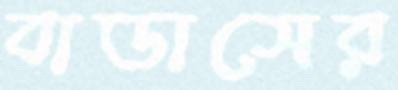
বাডাসের